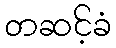
တဆင့်ခံ